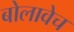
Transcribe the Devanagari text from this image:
बोलावेच